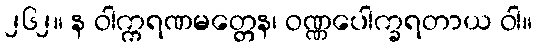
၂၆၂။ န ဝါက္ကရဏမတ္တေန၊ ဝဏ္ဏပေါက္ခရတာယ ဝါ။